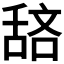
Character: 𫇖